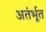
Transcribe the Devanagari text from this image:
अतंर्भूत